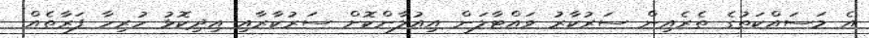
އެ މަސައްކަތުގެ ތެރެއިން ސަރުކާރު ވައްޓާލަން އިއުލާންކޮށް ސަރުކާރާއި އިދިކޮޅު ހުރިހާ ފަރާތެއް